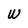
Character: W